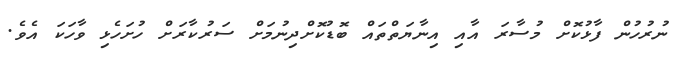
ނުރުހުން ފާޅުކޮށް މުސާރަ އާއި އިނާޔަތްތައް ބޮޑުކޮށްދިނުމަށް ސަރުކާރަށް ހުށަހެޅި ވާހަކަ އެވެ.